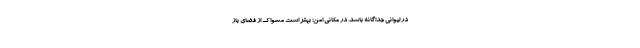
در لیوانی جداگانه باشد. در مکانی امن: بهتر است مسواک از فضای باز